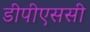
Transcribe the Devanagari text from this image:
डीपीएससी